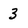
Character: 3